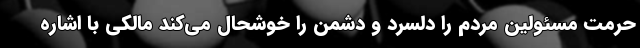
حرمت مسئولین مردم را دلسرد و دشمن را خوشحال می‌کند مالکی با اشاره